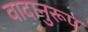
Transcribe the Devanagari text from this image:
वादानुरूप